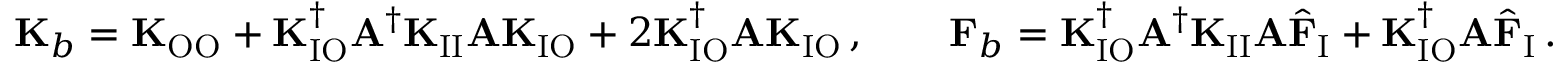
\mathbf { K } _ { b } = \mathbf { K } _ { \mathrm { O O } } + \mathbf { K } _ { \mathrm { I O } } ^ { \dagger } \mathbf { A } ^ { \dagger } \mathbf { K } _ { \mathrm { I I } } \mathbf { A } \mathbf { K } _ { \mathrm { I O } } + 2 \mathbf { K } _ { \mathrm { I O } } ^ { \dagger } \mathbf { A } \mathbf { K } _ { \mathrm { I O } } \, , \qquad \mathbf { F } _ { b } = \mathbf { K } _ { \mathrm { I O } } ^ { \dagger } \mathbf { A } ^ { \dagger } \mathbf { K } _ { \mathrm { I I } } \mathbf { A } \hat { \mathbf { F } } _ { \mathrm { I } } + \mathbf { K } _ { \mathrm { I O } } ^ { \dagger } \mathbf { A } \hat { \mathbf { F } } _ { \mathrm { I } } \, .